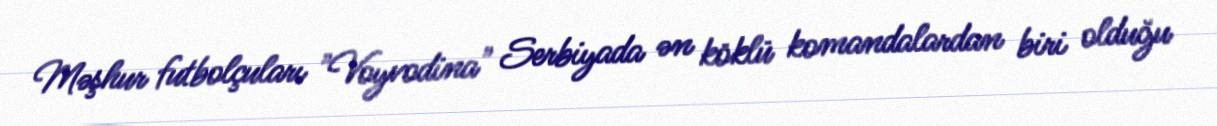
Məşhur futbolçuları "Voyvodina" Serbiyada ən köklü komandalardan biri olduğu